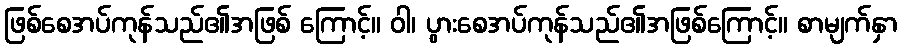
ဖြစ်စေအပ်ကုန်သည်၏အဖြစ် ကြောင့်။ ဝါ၊ ပွားစေအပ်ကုန်သည်၏အဖြစ်ကြောင့်။ စာမျက်နှာ